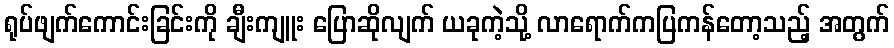
ရုပ်ဖျက်ကောင်းခြင်းကို ချီးကျူး ပြောဆိုလျက် ယခုကဲ့သို့ လာရောက်ကပြကန်တော့သည့် အတွက်